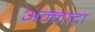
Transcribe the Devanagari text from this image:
अन्नादा